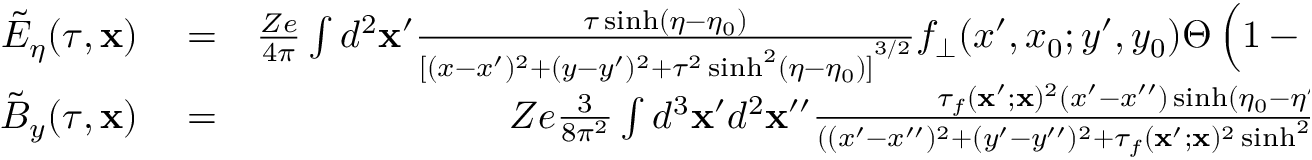
\begin{array} { r l r } { \tilde { E } _ { \eta } ( \tau , \mathbf { x } ) } & { { } = } & { \frac { Z e } { 4 \pi } \int d ^ { 2 } \mathbf { x } ^ { \prime } \frac { \tau \sinh ( \eta - \eta _ { 0 } ) } { { [ ( x - x ^ { \prime } ) ^ { 2 } + ( y - y ^ { \prime } ) ^ { 2 } + \tau ^ { 2 } \sinh ^ { 2 } ( \eta - \eta _ { 0 } ) ] } ^ { 3 / 2 } } f _ { \bot } ( x ^ { \prime } , x _ { 0 } ; y ^ { \prime } , y _ { 0 } ) \Theta \left( 1 - \frac { { x ^ { \prime } } ^ { 2 } } { r _ { a } ^ { 2 } } - \frac { { y ^ { \prime } } ^ { 2 } } { r _ { b } ^ { 2 } } \right) } \\ { \tilde { B } _ { y } ( \tau , \mathbf { x } ) } & { { } = } & { Z e \frac { 3 } { 8 \pi ^ { 2 } } \int d ^ { 3 } \mathbf { x } ^ { \prime } d ^ { 2 } \mathbf { x } ^ { \prime \prime } \frac { \tau _ { f } ( \mathbf { x } ^ { \prime } ; \mathbf { x } ) ^ { 2 } ( x ^ { \prime } - x ^ { \prime \prime } ) \sinh ( \eta _ { 0 } - \eta ^ { \prime } ) } { ( ( x ^ { \prime } - x ^ { \prime \prime } ) ^ { 2 } + ( y ^ { \prime } - y ^ { \prime \prime } ) ^ { 2 } + \tau _ { f } ( \mathbf { x } ^ { \prime } ; \mathbf { x } ) ^ { 2 } \sinh ^ { 2 } ( \eta _ { 0 } - \eta ) ) ^ { 5 / 2 } } \times } \end{array}